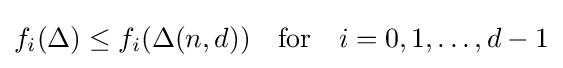
f_{i}(\Delta )\leq f_{i}(\Delta (n,d))\quad {\textrm {for}}\quad i=0,1,\ldots ,d-1